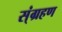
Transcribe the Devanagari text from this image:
स्ंग्रहण